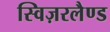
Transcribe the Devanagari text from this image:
स्विज़रलैण्ड